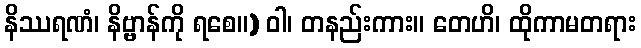
နိဿရဏံ၊ နိဗ္ဗာန်ကို ရစေ။) ဝါ၊ တနည်းကား။ တေဟိ၊ ထိုကာမတရား